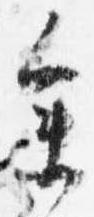
参